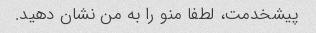
پیشخدمت، لطفا منو را به من نشان دهید.